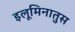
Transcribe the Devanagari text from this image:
इलूमिनातुस